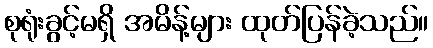
စုရုံးခွင့်မရှိ အမိန့်များ ထုတ်ပြန်ခဲ့သည်။